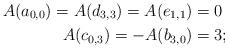
LaTeX: \begin{align*}A(a_{0,0})=A(d_{3,3})= A(e_{1,1})&=0 \\ A(c_{0,3})= -A(b_{3,0})&=3;\end{align*}